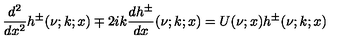
\frac { d ^ { 2 } } { d x ^ { 2 } } h ^ { \pm } ( \nu ; k ; x ) \mp 2 i k \frac { d h ^ { \pm } } { d x } ( \nu ; k ; x ) = U ( \nu ; x ) h ^ { \pm } ( \nu ; k ; x )